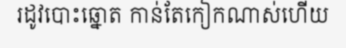
រដូវបោះឆ្នោត កាន់តែកៀកណាស់ហើយ